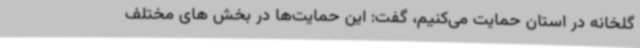
گلخانه در استان حمایت می‌کنیم، گفت: این حمایت‌ها در بخش های مختلف